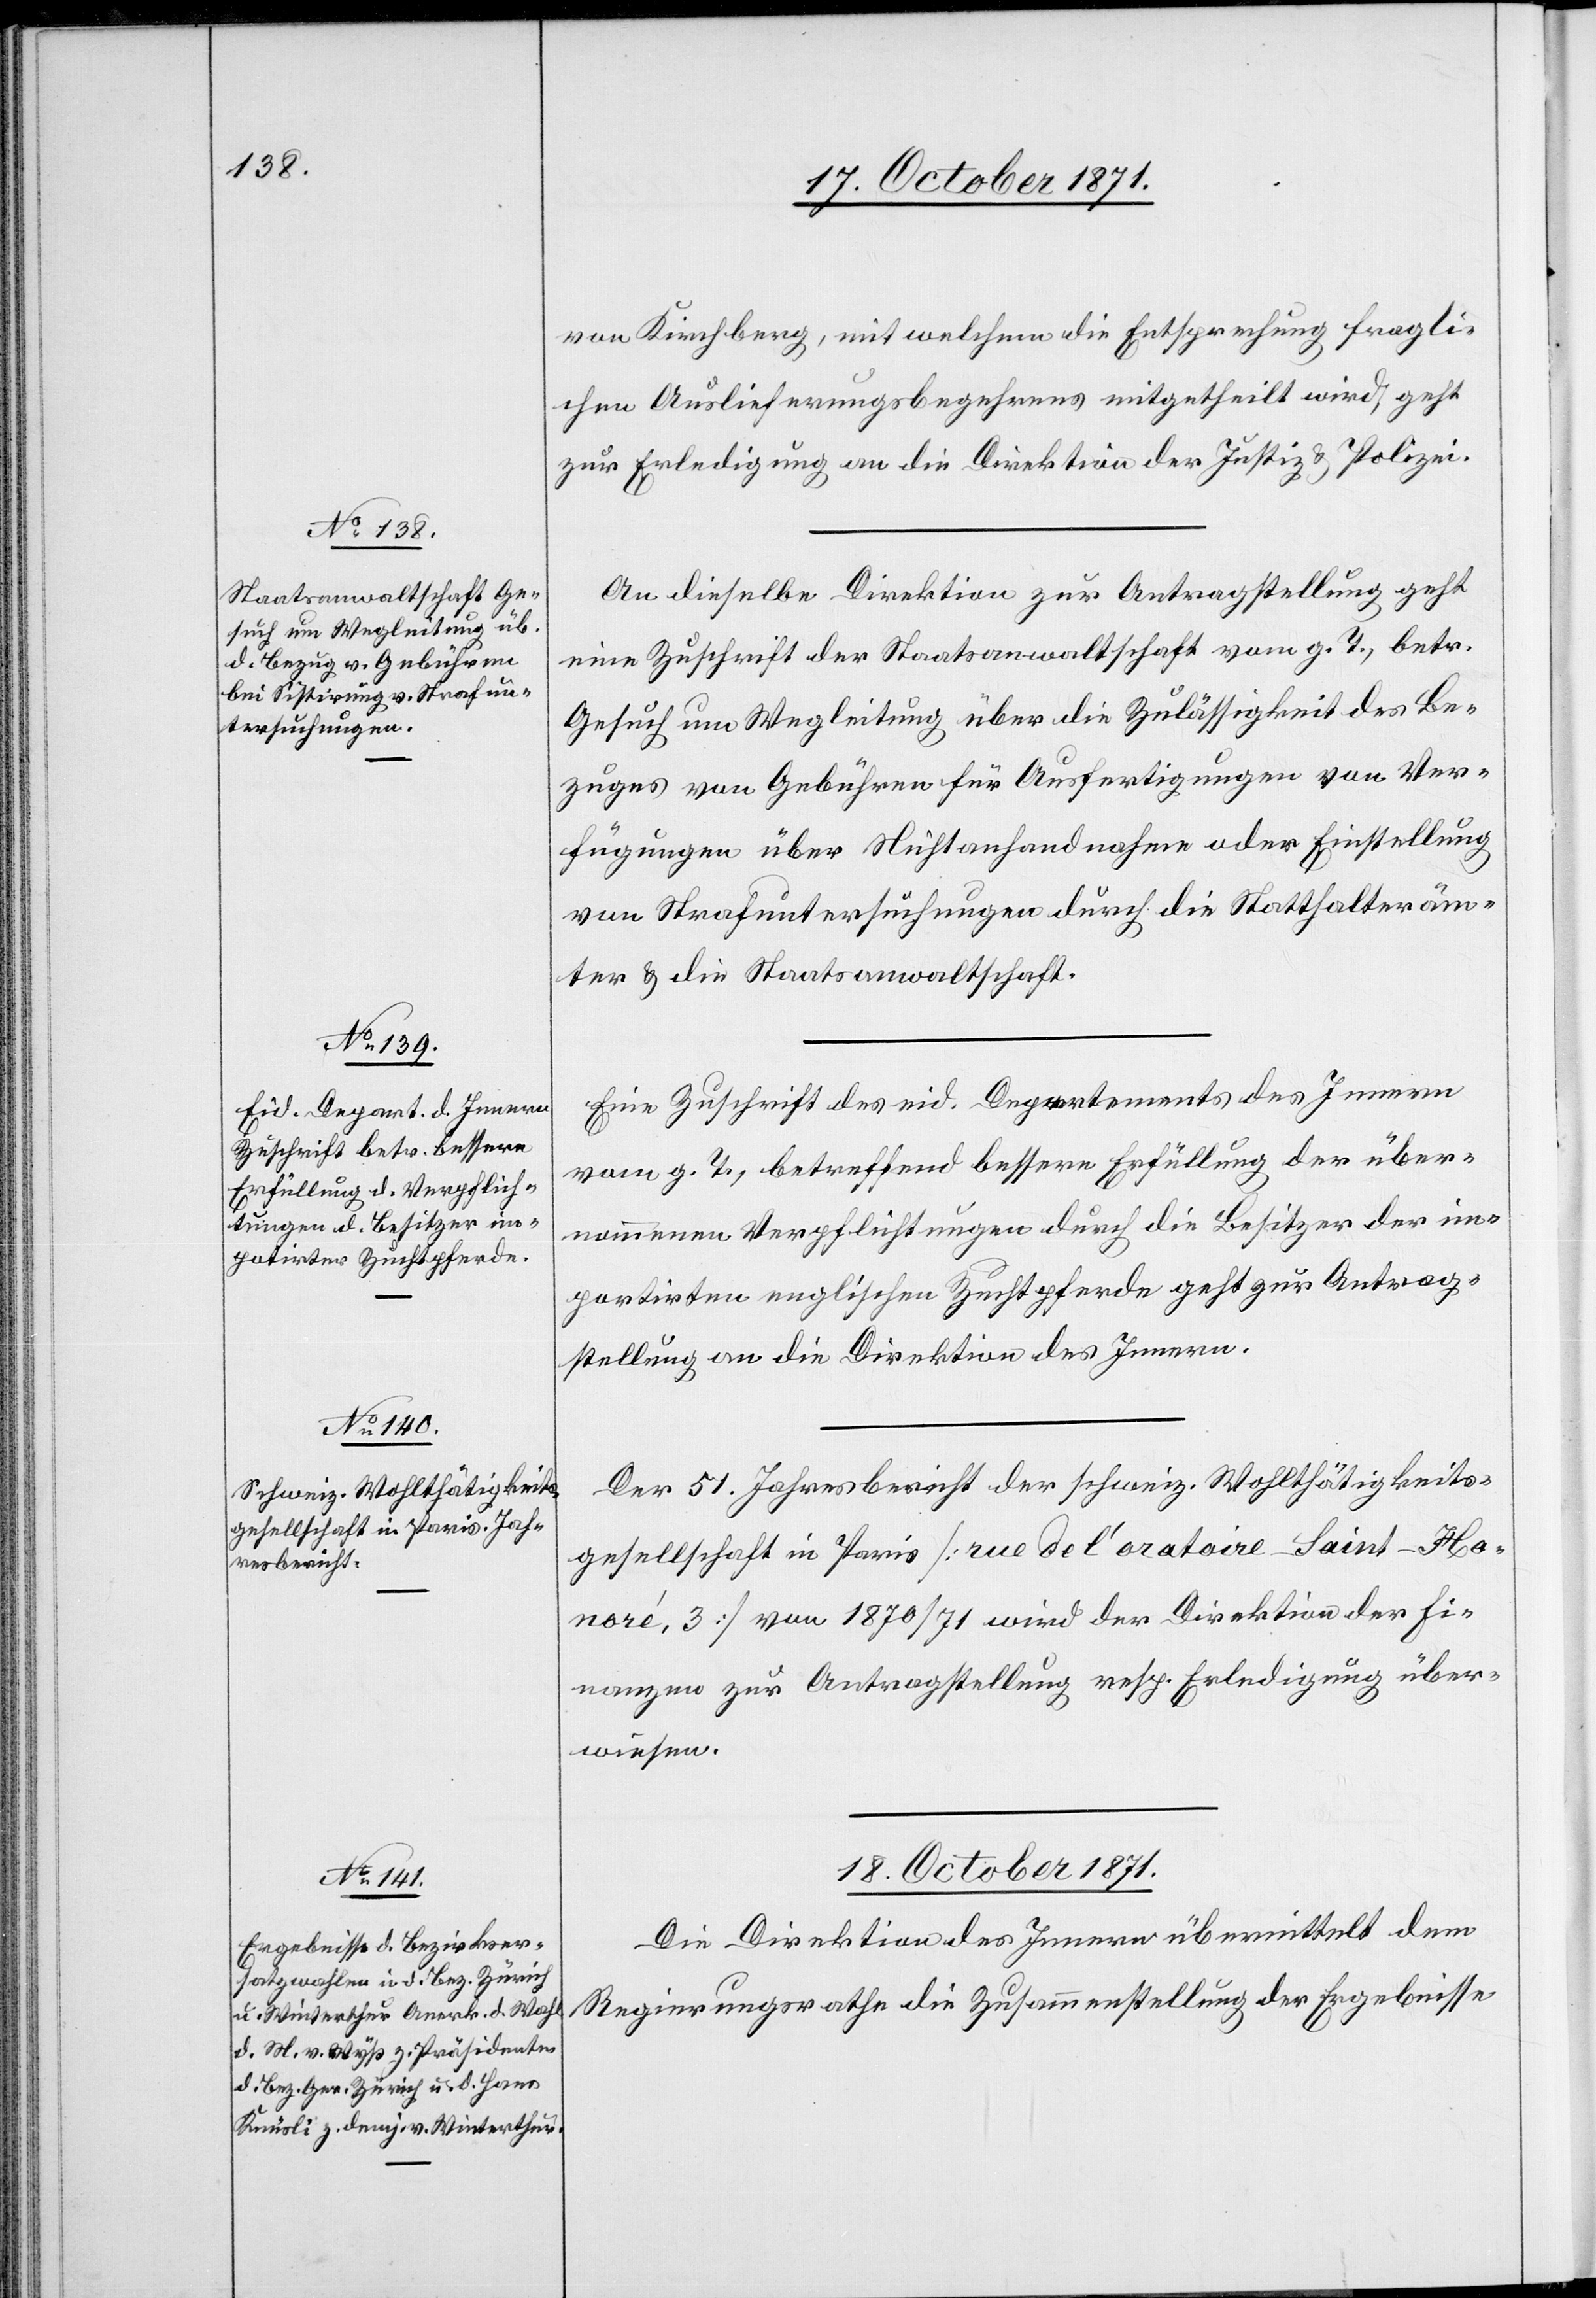
17. October 1871.]
von Kirchberg, mit welchem die Entsprechung fragli¬
chen Auslieferungsbegehrens mitgetheilt wird, geht
zur Erledigung an die Direktion der Justiz & Polizei.
An dieselbe Direktion zur Antragstellung geht
eine Zuschrift der Staatsanwaltschaft vom g. T., betr.
Gesuch um Wegleitung über die Zulässigkeit des Be¬
zuges von Gebühren für Ausfertigungen von Ver¬
fügungen über Nichtanhandnahme oder Einstellung
von Strafuntersuchungen durch die Statthalteräm¬
ter & die Staatsanwaltschaft.
Eine Zuschrift des eid. Departements des Innern
vom g. T., betreffend bessere Erfüllung der über¬
nommenen Verpflichtungen durch die Besitzer der im¬
portirten englischen Zuchtpferde geht zur Antrag¬
stellung an die Direktion des Innern.
Der 51. Jahresbericht der schweiz. Wohltätigkeits¬
gesellschaft in Paris [rue de l’oratoire Saint-Ho¬
noré, 3] von 1870/1871 wird der Direktion der Fi¬
nanzen zur Antragstellung resp. Erledigung über¬
wiesen.
18. October 1871.
Die Direktion des Innern übermittelt dem
Regierungsrathe die Zusammenstellung der Ergebnisse